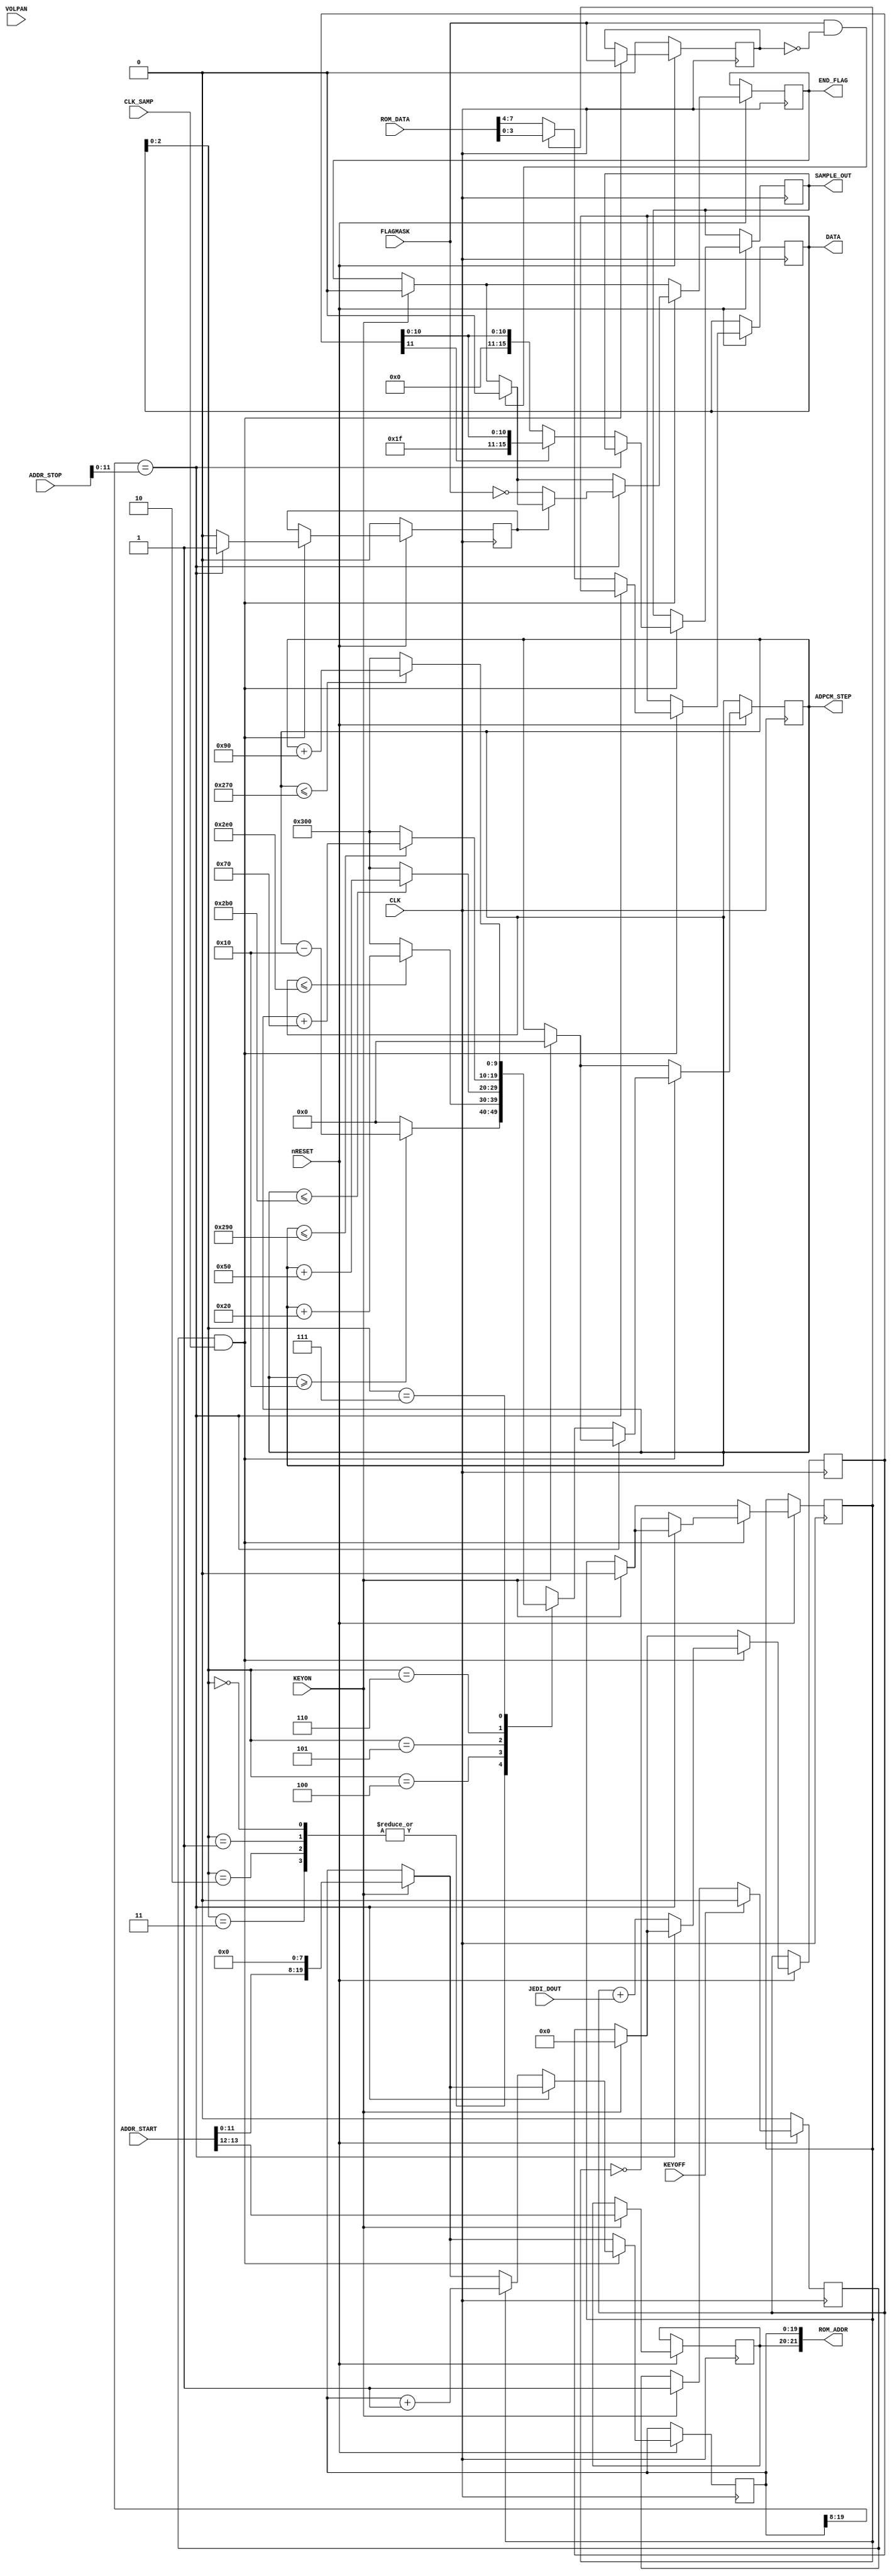
module ch_pcma(
	input CLK,
	input CLK_SAMP,
	input nRESET,
	input FLAGMASK,
	output reg END_FLAG,
	input KEYON, KEYOFF,
	
	input [11:0] JEDI_DOUT,
	input [15:0] ADDR_START,
	input [15:0] ADDR_STOP,
	input [7:0] VOLPAN,				// TODO: This :) Also see ADPCM-A total level
	output [21:0] ROM_ADDR,
	output reg [3:0] DATA,
	output reg [9:0] ADPCM_STEP,	// 0~768
	input [7:0] ROM_DATA,
	output reg [15:0] SAMPLE_OUT
);

	reg RUN;
	reg [1:0] ROM_BANK;
	reg [19:0] ADDR_CNT;
	reg NIBBLE;
	reg [11:0] ADPCM_ACC;
	
	reg SET_FLAG;
	reg PREV_FLAGMASK;
	
	assign ROM_ADDR = { ROM_BANK, ADDR_CNT };
	
	always @(posedge CLK)
	begin
		if (!nRESET)
		begin
			SET_FLAG <= 0;			// ?
			PREV_FLAGMASK <= 0;	// ?
			RUN <= 0;
		end
		else
		begin
		
			if (KEYON)
			begin
				ADDR_CNT <= { ADDR_START[11:0], 8'h0 };
				ROM_BANK <= ADDR_START[13:12];	// Should be 4 bits in real YM2610 (16M ROMs max., not 4M)
				END_FLAG <= 0;
				NIBBLE <= 0;		// ?
				ADPCM_ACC <= 0;
				ADPCM_STEP <= 0;
				RUN <= 1;
			end
			
			if (KEYOFF)
				RUN <= 0;
			
			// Get one sample:
			if (RUN && CLK_SAMP)
			begin
				// Edge detect, clear flag
				if ((FLAGMASK == 1) && (PREV_FLAGMASK == 0))
					END_FLAG <= 0;
				
				PREV_FLAGMASK <= FLAGMASK;
				
				if (ADDR_CNT[19:8] == ADDR_STOP[11:0])
				begin
					// Edge detect, set flag if not masked
					if (SET_FLAG == 0)
					begin
						SET_FLAG <= 1;
						END_FLAG <= ~FLAGMASK;
					end
				end
				else
				begin
					SET_FLAG <= 0;
				
					if (NIBBLE)
					begin
						DATA <= ROM_DATA[3:0];
						ADDR_CNT <= ADDR_CNT + 1'b1;
					end
					else
						DATA <= ROM_DATA[7:4];
					
					ADPCM_ACC <= ADPCM_ACC + JEDI_DOUT;
					
					case (DATA[2:0])
						0, 1, 2, 3 :
						begin
							if (ADPCM_STEP >= 16)
								ADPCM_STEP <= ADPCM_STEP - 10'd16;
							else
								ADPCM_STEP <= 0;
						end
						4 :
						begin
							if (ADPCM_STEP <= (768 - 32))
								ADPCM_STEP <= ADPCM_STEP + 10'd32;
							else
								ADPCM_STEP <= 768;
						end
						5 :
						begin
							if (ADPCM_STEP <= (768 - 80))
								ADPCM_STEP <= ADPCM_STEP + 10'd80;
							else
								ADPCM_STEP <= 768;
						end
						6 :
						begin
							if (ADPCM_STEP <= (768 - 112))
								ADPCM_STEP <= ADPCM_STEP + 10'd112;
							else
								ADPCM_STEP <= 768;
						end
						7 :
						begin
							if (ADPCM_STEP <= (768 - 144))
								ADPCM_STEP <= ADPCM_STEP + 10'd144;
							else
								ADPCM_STEP <= 768;
						end
					endcase
					
					// Sign-extend 12 to 16
					SAMPLE_OUT <= ADPCM_ACC[11] ? { 4'b1111, ADPCM_ACC } : { 4'b0000, ADPCM_ACC };
					
					NIBBLE <= ~NIBBLE;
				end
			end
		end
	end

endmodule